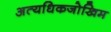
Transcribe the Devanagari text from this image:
अत्यधिकजोखिम